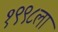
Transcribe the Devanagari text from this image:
१९९८ला